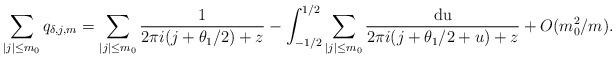
LaTeX: \begin{align*} \sum_{ |j| \leq m_0} q_{\delta,j,m} = \sum_{ |j| \leq m_0 } \frac{1}{2 \pi i (j + \theta_1/2 ) + z} - \int_{-1/2}^{1/2} \sum_{ |j| \leq m_0 } \frac{ \mathrm{du} }{ 2 \pi i (j + \theta_1/2+ u ) + z } + O(m_0^2/m).\end{align*}